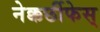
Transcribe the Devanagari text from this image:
नेक्कर्छीफेस्